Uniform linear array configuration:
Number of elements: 12
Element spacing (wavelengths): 0.25
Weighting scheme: kaiser
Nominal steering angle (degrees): -30
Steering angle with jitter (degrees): -30.751
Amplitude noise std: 0.05
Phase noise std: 0.05

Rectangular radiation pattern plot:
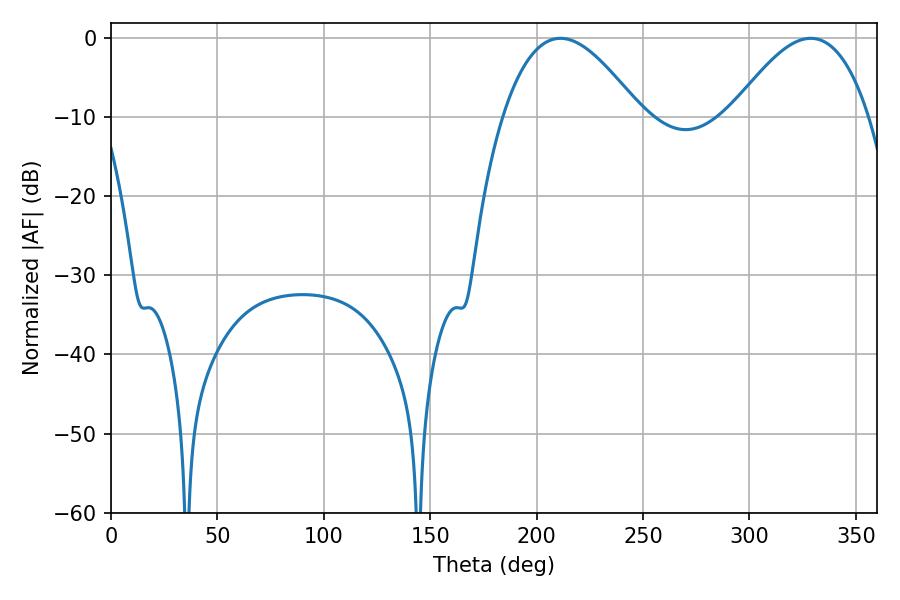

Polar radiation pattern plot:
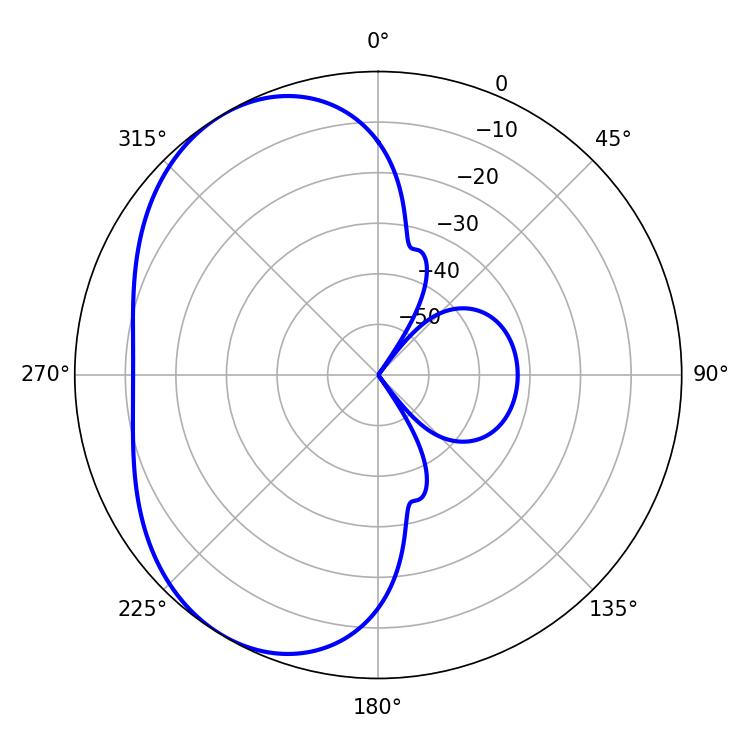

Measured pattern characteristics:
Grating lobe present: FALSE
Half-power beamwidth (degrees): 35.28
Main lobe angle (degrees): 211.14